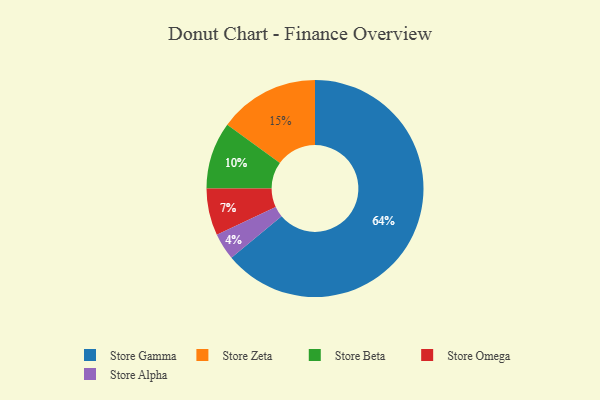
{"axis": {"x": "Category", "y": "Percentage"}, "legend": ["Store Alpha", "Store Beta", "Store Gamma", "Store Omega", "Store Zeta"], "data": [{"x": "Store Beta", "y": 10, "type": "Store Beta"}, {"x": "Store Gamma", "y": 64, "type": "Store Gamma"}, {"x": "Store Alpha", "y": 4, "type": "Store Alpha"}, {"x": "Store Omega", "y": 7, "type": "Store Omega"}, {"x": "Store Zeta", "y": 15, "type": "Store Zeta"}]}